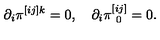
\partial _ { i } \pi ^ { [ i j ] k } = 0 , \quad \partial _ { i } \pi _ { \ 0 } ^ { [ i j ] } = 0 .